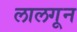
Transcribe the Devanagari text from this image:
लालगून